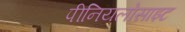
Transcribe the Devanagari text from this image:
पीनियलोसाइट